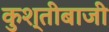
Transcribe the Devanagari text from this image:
कुश्तीबाजी